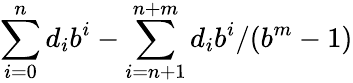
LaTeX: \sum_{i=0}^{n}d_{i}b^{i}-\sum_{i=n+1}^{n+m}d_{i}b^{i}/(b^{m}-1)